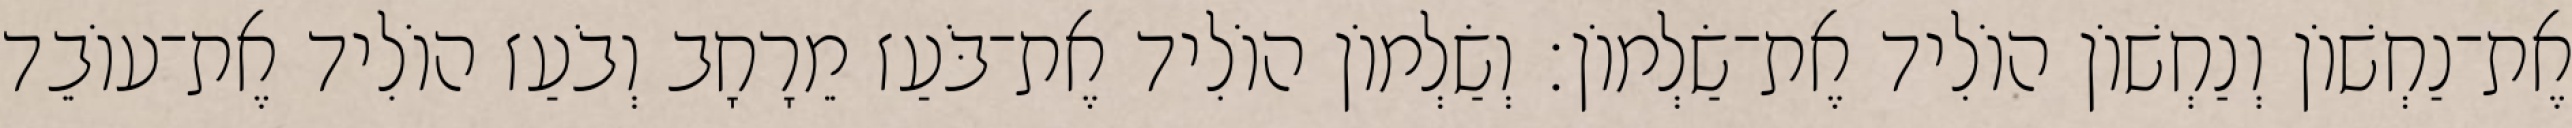
אֶת־נַחְשׁוֹן וְנַחְשׁוֹן הוֹלִיד אֶת־שַׂלְמוֹן׃ וְשַׂלְמוֹן הוֹלִיד אֶת־בֹּעַז מֵרָחָב וְבֹעַז הוֹלִיד אֶת־עוֹבֵד